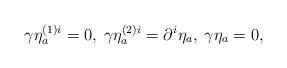
LaTeX: \begin{align*}\gamma \eta _{a}^{\left( 1\right) i}=0,\;\gamma \eta _{a}^{\left( 2\right)i}=\partial ^{i}\eta _{a},\;\gamma \eta _{a}=0, \end{align*}